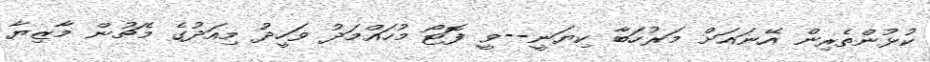
ކުޅުންތެރިން އޭނައަށް މަރުހަބާ ކިޔަނީ--ވީ ފޮޓޯ މުހައްމަދު ވަހީދު މިއަދުގެ މެޗުން މާޒިޔާ